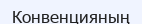
Конвенцияның